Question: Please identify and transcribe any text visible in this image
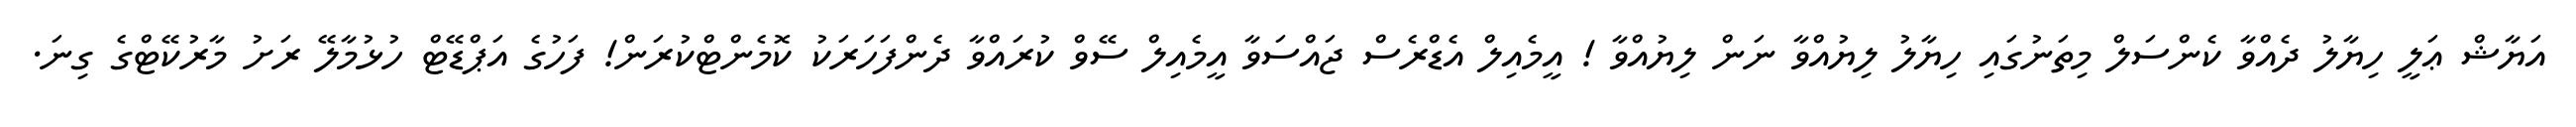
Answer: އަޔާޝް ޢަލީ ހިޔާލު ދެއްވާ ކެންސަލް މިތަނުގައި ހިޔާލު ލިޔުއްވާ ނަން ލިޔުއްވާ ! އީމެއިލް އެޑްރެސް ޖައްސަވާ އީމެއިލް ސޭވް ކުރައްވާ ދެންފަހަރަކު ކޮމެންޓްކުރަން! ފަހުގެ އަޕްޑޭޓް ހުޅުމާލޭ ރަށު މާރުކޭޓްގެ ގިނަ.